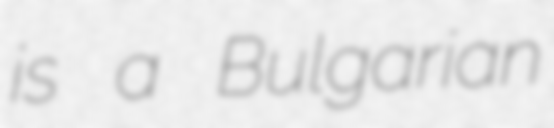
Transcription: is a Bulgarian